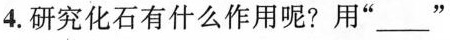
.研究化石有什么作用呢?用“___”